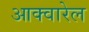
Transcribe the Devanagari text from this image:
आक्वारेल